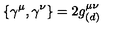
\{ \gamma ^ { \mu } , \gamma ^ { \nu } \} = 2 g _ { ( d ) } ^ { \mu \nu }